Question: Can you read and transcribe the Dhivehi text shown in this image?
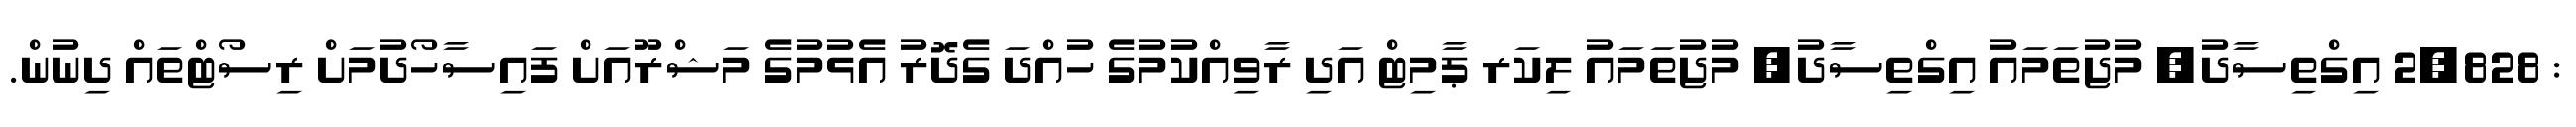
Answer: : 2,828 އިގްތިސާދު, މުޖުތަމައު އިގްތިސާދު, މުޖުތަމައު ލިކަރ ޕާމިޓް އަދި ރާވިއްކުމުގެ ހުއްދަ ގެދޮރު އެޅުމުގެ މަޝްރޫއަށް ފައިސާހޯދުމަށް ރިސޯޓްތައް ދިނުން.